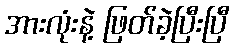
အားလုံးနဲ့ ဖြတ်ခဲ့ပြီးပြီ